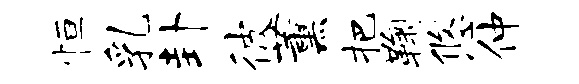
恒乳卦彼薰把鞠悠仲